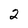
Character: 2